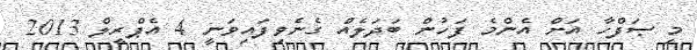
މި ޞަފްހާ އަށް އެންމެ ފަހުން ބަދަލެއް ގެނެވިފައިވަނީ 4 އެޕްރީލް 2013